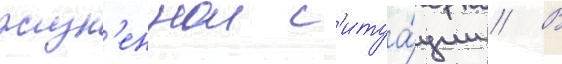
жизн'еннои с'итуа́ции // В